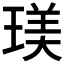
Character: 𤧞